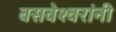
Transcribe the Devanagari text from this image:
बसवेश्वरांनी